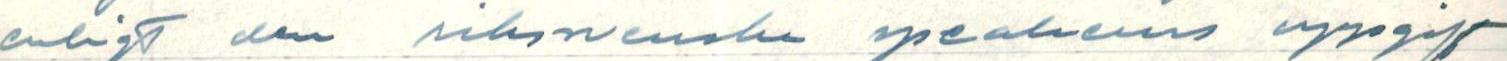
enligt den rikssvenska speakerns uppgift